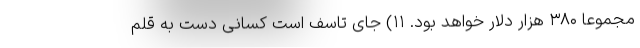
مجموعا ۳۸۰ هزار دلار خواهد بود. ۱۱) جای تاسف است کسانی دست به قلم